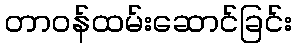
တာဝန်ထမ်းဆောင်ခြင်း